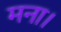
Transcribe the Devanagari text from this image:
मना।